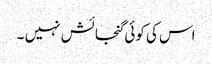
اس کی کوئی گنجائش نہیں ۔